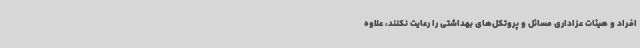
افراد و هیئات عزاداری مسائل و پروتکل‌های بهداشتی را رعایت نکنند، علاوه